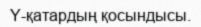
Y-қатардың қосындысы.